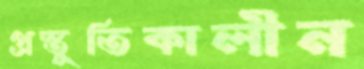
প্রস্তুতিকালীন